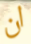
ان